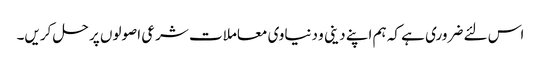
اس لئے ضروری ہے کہ ہم اپنے دینی و دنیاوی معاملات شرعی اصولوں پر حل کریں۔